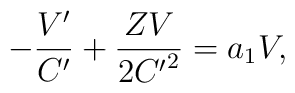
- \frac{V'}{C'} + \frac{ZV}{2{C'}^2} = a_1V,